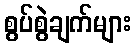
စွပ်စွဲချက်များ